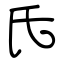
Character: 氏